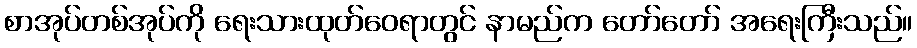
စာအုပ်တစ်အုပ်ကို ရေးသားထုတ်ဝေရာတွင် နာမည်က တော်တော် အရေးကြီးသည်။